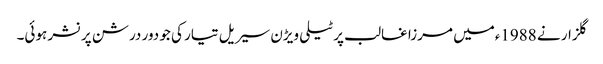
گلزار نے 1988ءمیں مرزا غالب پر ٹیلی ویڑن سیریل تیار کی جو دور درشن پرنشر ہوئی۔